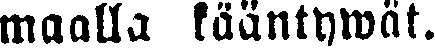
maalla kääntywät.